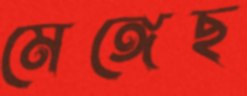
মেঙ্গেছ